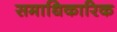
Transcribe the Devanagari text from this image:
समाधिकारिक